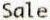
SALE